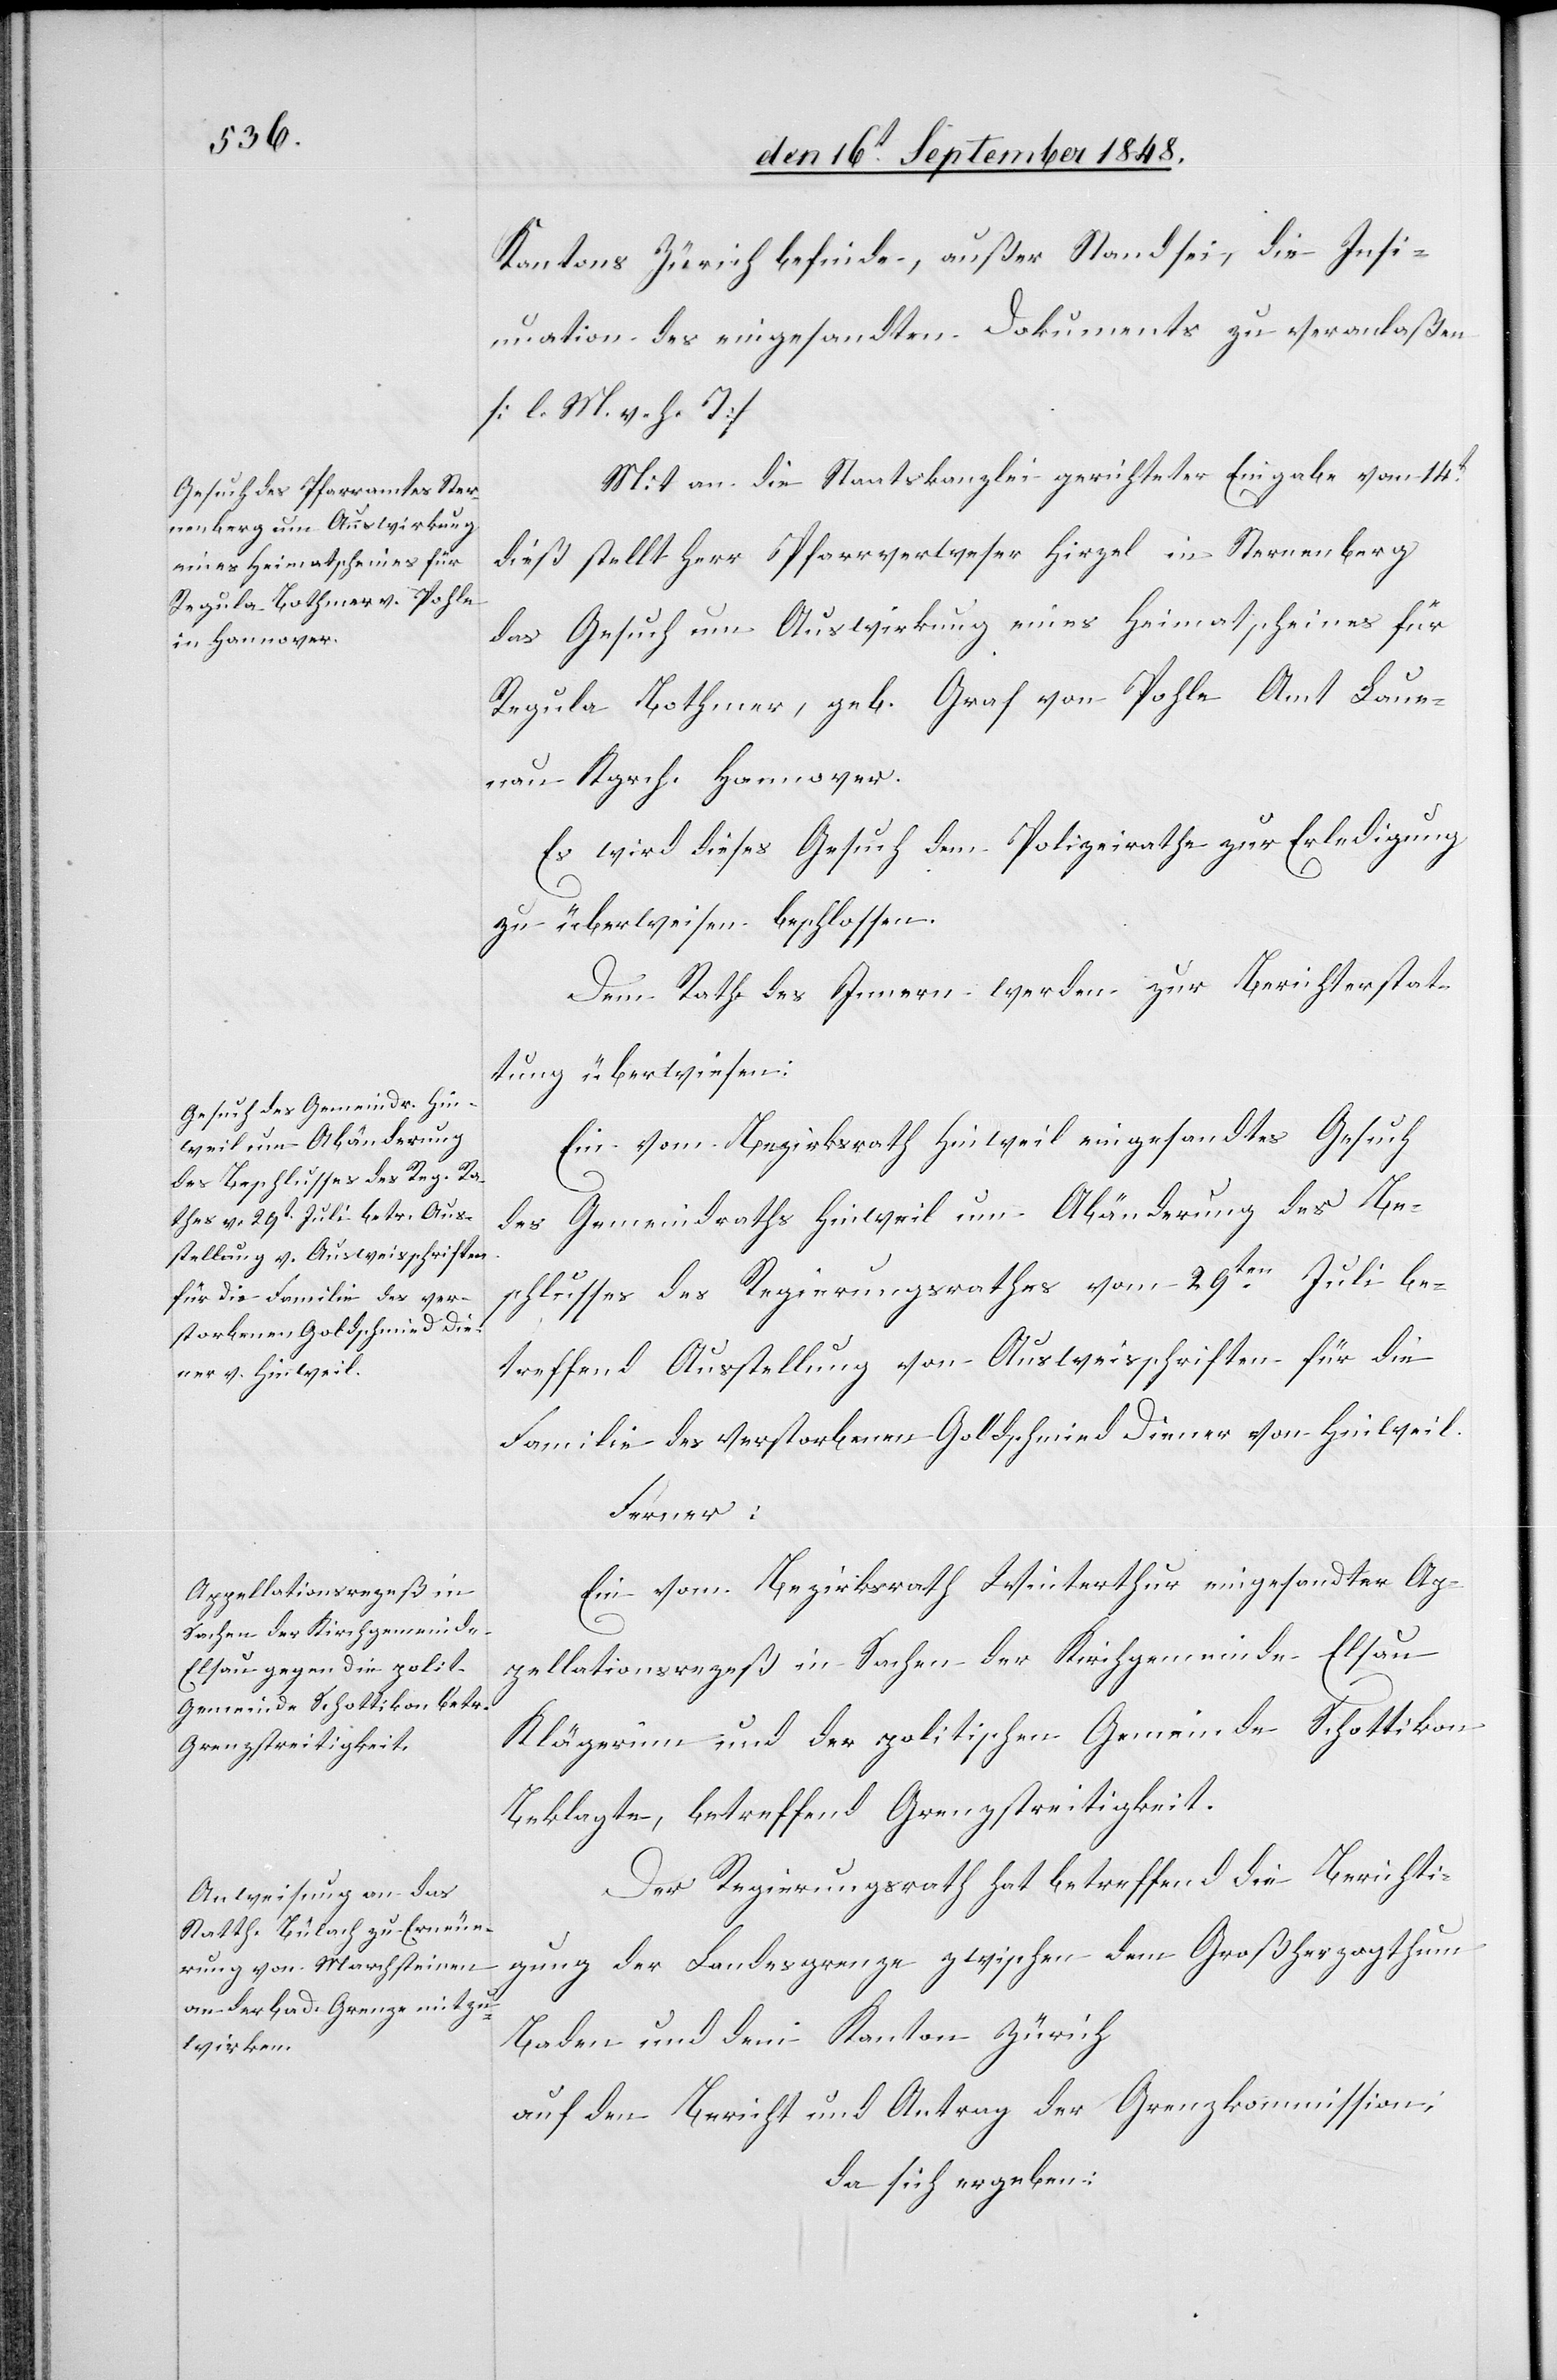
Kantons Zürich befinde, außer Stand sei, die Insi¬
nuation des eingesandten Dokuments zu veranlaßen.
[l. M. v. h. T]
Mit an die Staatskanzlei gerichteter Eingabe vom 14t
dieß stellt Herr Pfarrverweser Hirzel in Sternenberg
das Gesuch um Auswirkung eines Heimatscheines für
Regula Bothmer, geb. Graf von Pohle Amt Laue¬
nau Kgrch. Hannover.
Es wird dieses Gesuch dem Polizeirathe zur Erledigung
zu überweisen beschlossen.
Dem Rathe des Innern werden zur Berichterstat¬
tung überwiesen:
Ein vom Bezirksrath Hinweil eingesandtes Gesuch
des Gemeindraths Hinweil um Abänderung des Be¬
schlusses des Regierungsrathes vom 29ten Juli be¬
treffend Ausstellung von Ausweisschriften für die
Familie des verstorbenen Goldschmied Diener von Hinweil.
Ferner:
Ein vom Bezirksrath Winterthur eingesandter Ap¬
pellationsrezeß in Sachen der Kirchgemeinde Elsau
Klägerin und der politischen Gemeinde Schottikon
Beklagte, betreffend Grenzstreitigkeit.
Der Regierungsrath hat betreffend die Berichti¬
gung der Landesgrenze zwischen dem Großherzogthum
Baden und dem Kanton Zürich
auf den Bericht und Antrag der Grenzkommission;
da sich ergeben: